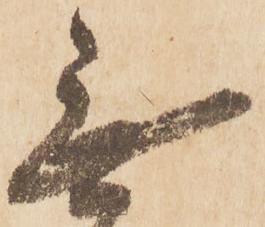
無